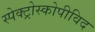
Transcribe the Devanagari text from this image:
स्पेक्ट्रोस्कोपीविद